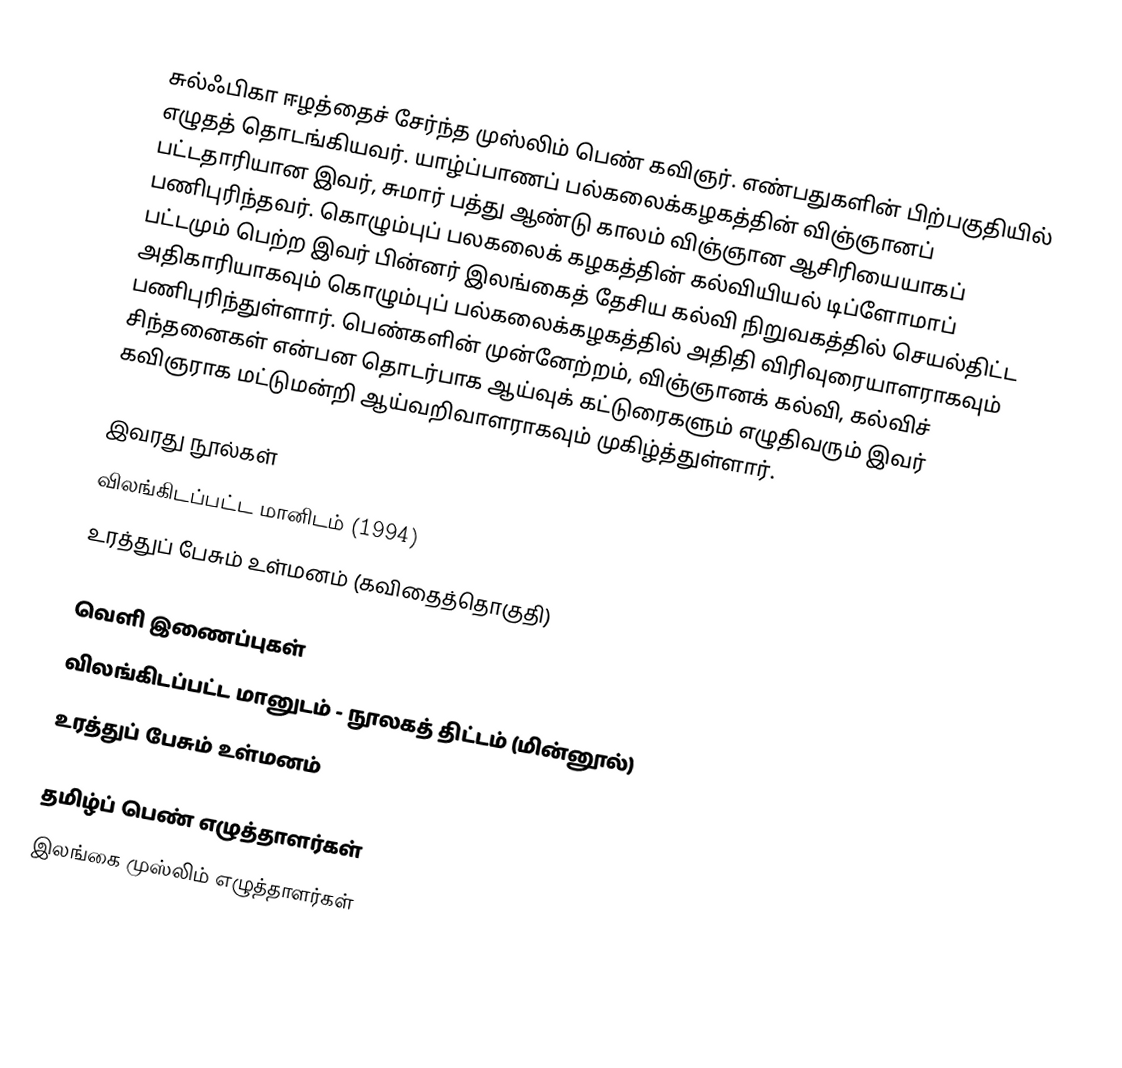
சுல்ஃபிகா ஈழத்தைச் சேர்ந்த முஸ்லிம் பெண் கவிஞர். எண்பதுகளின் பிற்பகுதியில் எழுதத் தொடங்கியவர். யாழ்ப்பாணப் பல்கலைக்கழகத்தின் விஞ்ஞானப் பட்டதாரியான இவர், சுமார் பத்து ஆண்டு காலம் விஞ்ஞான ஆசிரியையாகப் பணிபுரிந்தவர். கொழும்புப் பலகலைக் கழகத்தின் கல்வியியல் டிப்ளோமாப் பட்டமும் பெற்ற இவர் பின்னர் இலங்கைத் தேசிய கல்வி நிறுவகத்தில் செயல்திட்ட அதிகாரியாகவும் கொழும்புப் பல்கலைக்கழகத்தில் அதிதி விரிவுரையாளராகவும் பணிபுரிந்துள்ளார். பெண்களின் முன்னேற்றம், விஞ்ஞானக் கல்வி, கல்விச் சிந்தனைகள் என்பன தொடர்பாக ஆய்வுக் கட்டுரைகளும் எழுதிவரும் இவர் கவிஞராக மட்டுமன்றி ஆய்வறிவாளராகவும் முகிழ்த்துள்ளார்.

இவரது நூல்கள்
 விலங்கிடப்பட்ட மானிடம் (1994)
 உரத்துப் பேசும் உள்மனம் (கவிதைத்தொகுதி)

வெளி இணைப்புகள்
 விலங்கிடப்பட்ட மானுடம்  - நூலகத் திட்டம் (மின்னூல்)
 உரத்துப் பேசும் உள்மனம்

தமிழ்ப் பெண் எழுத்தாளர்கள்
இலங்கை முஸ்லிம் எழுத்தாளர்கள்